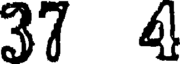
37 4